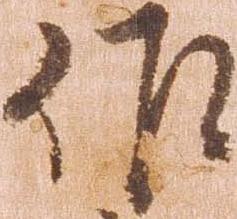
作